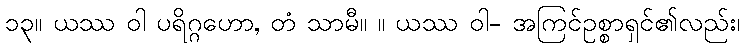
၁၃။ ယဿ ဝါ ပရိဂ္ဂဟော, တံ သာမီ။ ။ ယဿ ဝါ- အကြင်ဥစ္စာရှင်၏လည်း၊